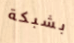
بشبكة